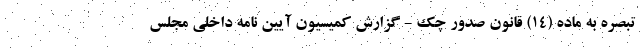
تبصره به ماده (۱۴) قانون صدور چک - گزارش کمیسیون آیین نامه داخلی مجلس